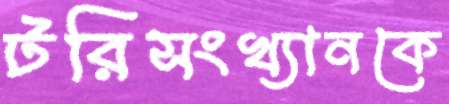
টরিসংখ্যানকে